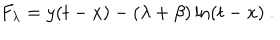
LaTeX: F _ { \lambda } = y ( t - x ) - ( \lambda + \beta ) \ln ( t - x ) ~ .